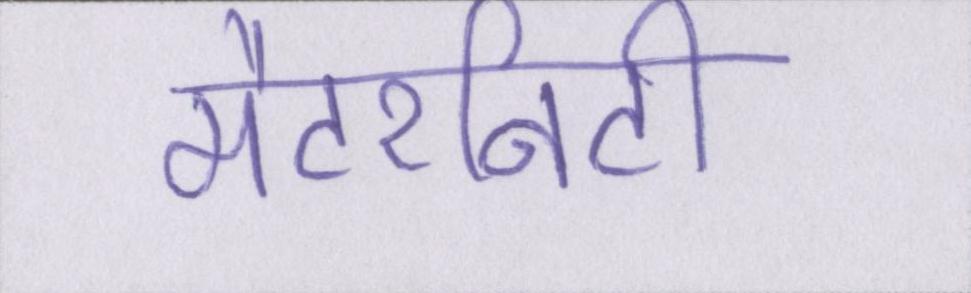
मैटरनिटी